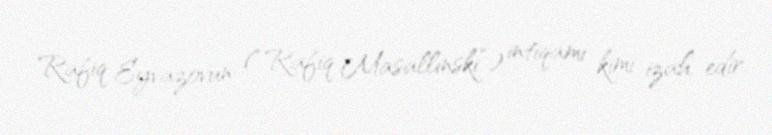
Rafiq Eyvazovun (“Rafiq Masallinski”) intiqamı kimi izah edir.